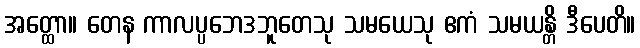
အတ္ထော။ တေန ကာလပ္ပဘေဒဘူတေသု သမယေသု ဧကံ သမယန္တိ ဒီပေတိ။